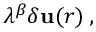
\lambda ^ { \beta } \delta \mathbf { u } ( r ) \, ,